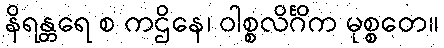
နိရန္တရေ စ ကဌိနေ၊ ဝါစ္စလိင်္ဂိက မုစ္စတေ။